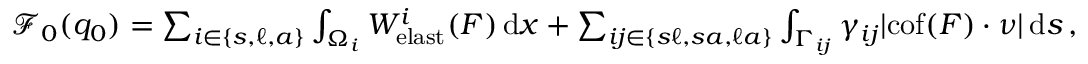
\begin{array} { r } { \mathscr { F } _ { 0 } ( q _ { 0 } ) = \sum _ { i \in \{ s , \ell , a \} } \int _ { \Omega _ { i } } W _ { \mathrm { e l a s t } } ^ { i } ( \boldsymbol { F } ) \, \mathrm { d } x + \sum _ { i j \in \{ s \ell , s a , \ell a \} } \int _ { \Gamma _ { i j } } \gamma _ { i j } | \mathrm { c o f } ( \boldsymbol { F } ) \cdot \boldsymbol { \nu } | \, \mathrm { d } s \, , } \end{array}